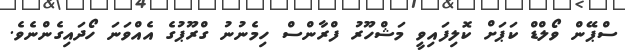
ސްޕޭން ވޯލްޑް ކަޕަށް ކޮލިފައިވީ މަޝްހޫރު ފްރާންސް ހިމެނުނު ގްރޫޕުގެ އެއްވަނަ ހޯދައިގެންނެވެ.